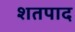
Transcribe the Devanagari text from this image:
शतपाद